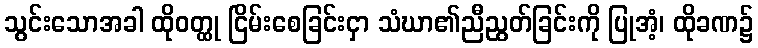
သွင်းသောအခါ ထိုဝတ္ထု ငြိမ်းစေခြင်းငှာ သံဃာ၏ညီညွတ်ခြင်းကို ပြုအံ့၊ ထိုခဏ၌